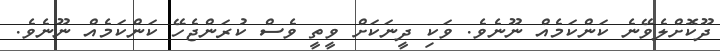
ދޫކޮށްލެވޭނެ ކަންކަމެއް ނޫނެވެ. ވަކި ދީނަކަށް ވީތީ ވެސް ކުރަންޖެހޭ ކަންކަމެއް ނޫނެވެ.